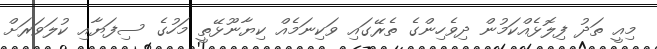
މިއީ ތަދު ފިލޮޅެއްކަމުން ދިވެހިންގެ ތެރޭގައި ވަކިނަމެއް ކިޔާނޫޅޭތީ މަހުގެ ސިފަޔާއި ކުލަވަރަށް